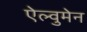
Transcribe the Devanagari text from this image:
ऐल्वुमेन